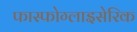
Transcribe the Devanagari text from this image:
फास्फोग्लाइसेरिक